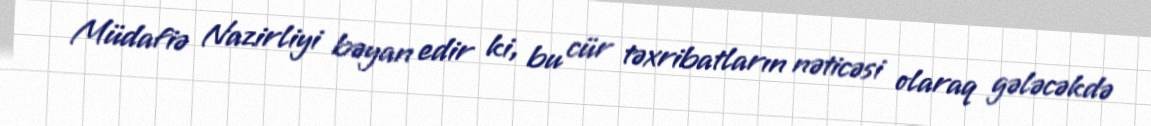
Müdafiə Nazirliyi bəyan edir ki, bu cür təxribatların nəticəsi olaraq gələcəkdə